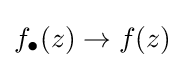
f_{\bullet }(z)\to f(z)